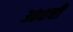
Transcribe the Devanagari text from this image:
३००ची